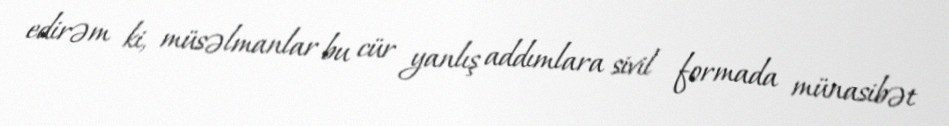
edirəm ki, müsəlmanlar bu cür yanlış addımlara sivil formada münasibət